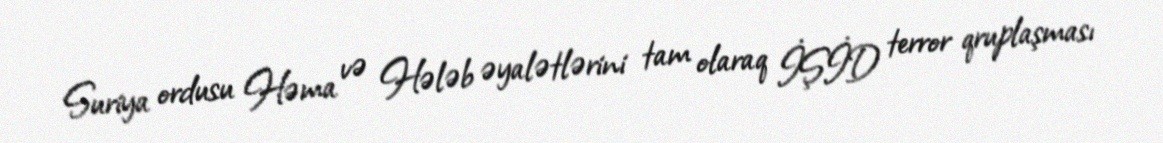
Suriya ordusu Həma və Hələb əyalətlərini tam olaraq İŞİD terror qruplaşması